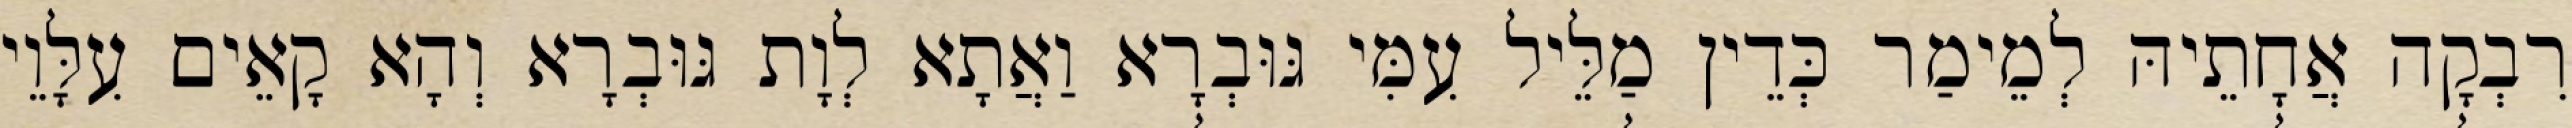
רִבְקָה אֲחָתֵיהּ לְמֵימַר כְּדֵין מַלֵּיל עִמִּי גּוּבְרָא וַאֲתָא לְוָת גּוּבְרָא וְהָא קָאֵים עִלָּוֵי